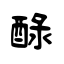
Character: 醁